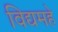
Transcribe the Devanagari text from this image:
विद्यमहे